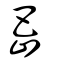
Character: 岊